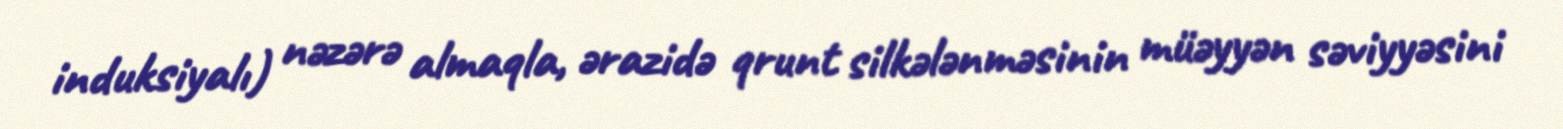
induksiyalı) nəzərə almaqla, ərazidə qrunt silkələnməsinin müəyyən səviyyəsini